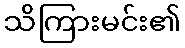
သိကြားမင်း၏